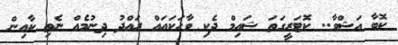
ކޮބާ އަޝްވާ.. ކޮޓަރީގަތަ ޝައިމް ދެކި ވާހަކައައް ރައްދު ދިނުމެއް ނެތި ކާއިން